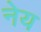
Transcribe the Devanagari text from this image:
नेय